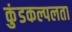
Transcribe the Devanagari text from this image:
कुंडकल्पलता